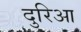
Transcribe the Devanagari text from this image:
दुरिआ